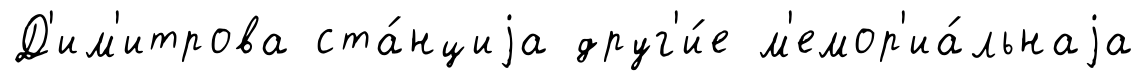
Д'им'итрова ста́нциjа друг'и́е м'емор'иа́льнаjа